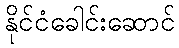
နိုင်ငံခေါင်းဆောင်